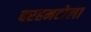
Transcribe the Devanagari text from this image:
बरहमटोला